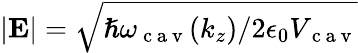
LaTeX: |{\mathbf{E}}|=\sqrt{\hslash\omega_{\mathrm{~c~a~v~}}(k_{z})/2\epsilon_{0}V_{\mathrm{~c~a~v~}}}